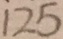
1 2 5